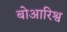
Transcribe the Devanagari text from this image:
बोआरिश्व